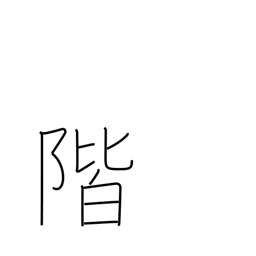
Meaning: stair